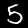
Label: 5